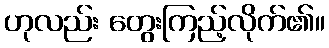
ဟုလည်း တွေးကြည့်လိုက်၏။